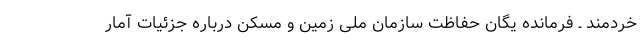
خردمند ـ فرمانده یگان حفاظت سازمان ملی زمین و مسکن درباره جزئیات آمار